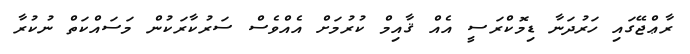
ރާޢްޖޭގައި ހަރުދަނާ ޑިމޮކްރަސީ އެއް ޤާއިމް ކުރުމަށް އެއްވެސް ސަރުކާރަކުން މަސައްކަތް ނުކުރާ